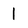
Character: 1